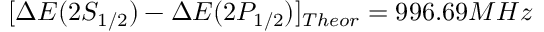
[ \Delta E ( 2 S _ { 1 / 2 } ) - \Delta E ( 2 P _ { 1 / 2 } ) ] _ { T h e o r } = 9 9 6 . 6 9 M H z